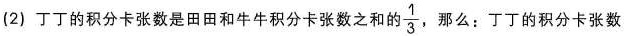
(2)丁丁的积分卡张数是田田和牛牛积分卡张数之和的\frac{1}{3}， 那么：丁丁的积分卡张数